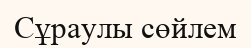
Сұраулы сөйлем